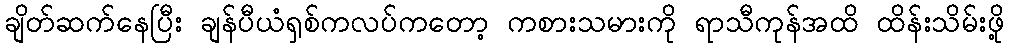
ချိတ်ဆက်နေပြီး ချန်ပီယံရှစ်ကလပ်ကတော့ ကစားသမားကို ရာသီကုန်အထိ ထိန်းသိမ်းဖို့